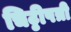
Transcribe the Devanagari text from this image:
चिट्ठीपत्री